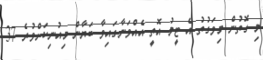
މި ގޮތުން މިވަގުތު އެ ޓީމު އޮތީ އެއްވަނާގައިވާ ބަޔާން މިއުނިކަށްވުރެ 37